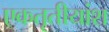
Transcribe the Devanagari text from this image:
एकतृतीयांश